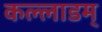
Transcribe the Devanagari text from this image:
कल्लाडम्